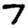
Digit: 7